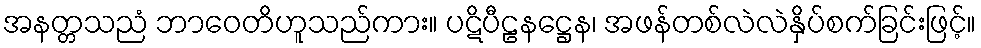
အနတ္တသညံ ဘာဝေတိဟူသည်ကား။ ပဋိပီဠနဋ္ဌေန၊ အဖန်တစ်လဲလဲနှိပ်စက်ခြင်းဖြင့်။